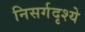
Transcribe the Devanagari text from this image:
निसर्गदृश्ये